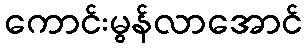
ကောင်းမွန်လာအောင်